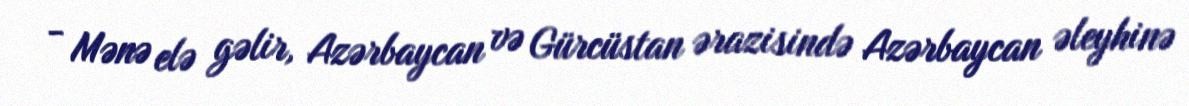
- Mənə elə gəlir, Azərbaycan və Gürcüstan ərazisində Azərbaycan əleyhinə